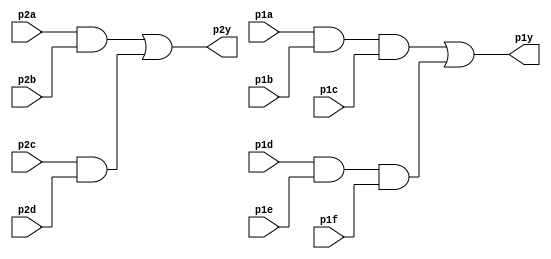
module top_module (
    input p1a, p1b, p1c, p1d, p1e, p1f,
    output p1y,
    input p2a, p2b, p2c, p2d,
    output p2y
);

wire and11, and12, and21, and22;
assign and11 = p1a & p1b & p1c;
assign and12 = p1d & p1e & p1f;
assign and21 = p2a & p2b;
assign and22 = p2c & p2d;
assign p1y = and11 | and12;
assign p2y = and21 | and22;

endmodule